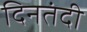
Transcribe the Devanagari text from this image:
दिनतंदी